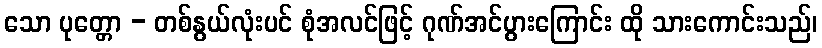
သော ပုတ္တော - တစ်နွယ်လုံးပင် စုံအလင်ဖြင့် ဂုဏ်အင်ပွားကြောင်း ထို သားကောင်းသည်၊